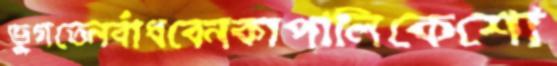
ভুগতেনবাঁধবেনকাপালিকেশো